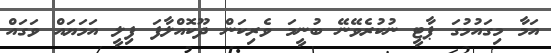
އަމާ މިގައުމުގަ ޕާޓީ ނުކުރެވޭނޭ ބުނީމަ ވެރިކަން ދޫކޮއްލާފަ ފިލީ އަމަޔައް ވަގައް